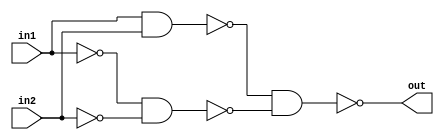
module XNOR(out,in1,in2);
output out;
input in1,in2;
wire in1bar,in2bar,w1,w2;
nand(in1bar,in1,in1);
nand(in2bar,in2,in2);
nand(w1,in1,in2);
nand(w2,in1bar,in2bar);
nand(out,w1,w2);
endmodule